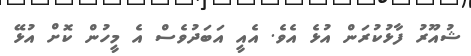
ޝުއޫރު ފާޅުކުރަން އުޅެ އެވެ. އެއީ އަބަދުވެސް އެ މީހުން ކޮށް އުޅޭ